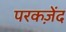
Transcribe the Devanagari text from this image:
परकज़ेंद